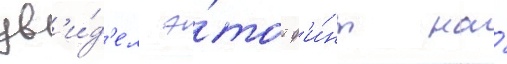
ув'и́д'ел э́тот ф'и́нт на́